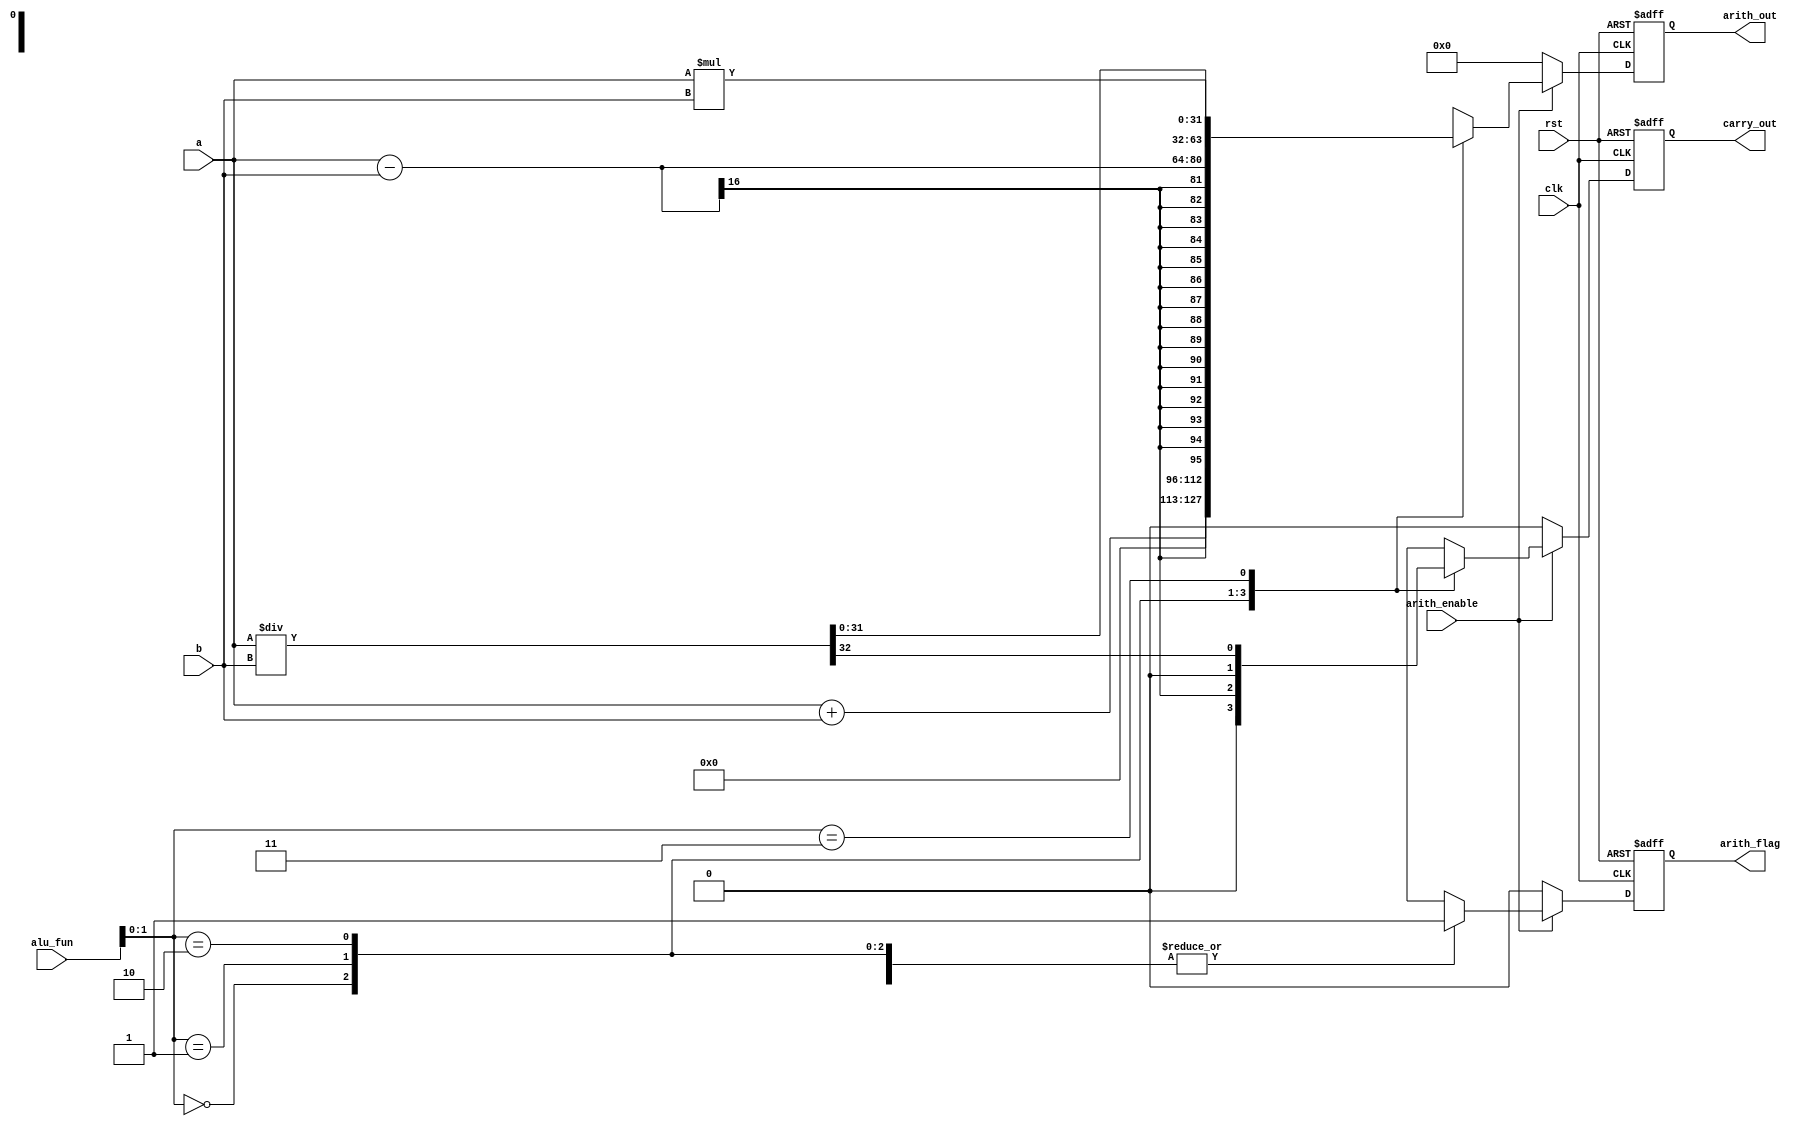
module ARITHMETIC_UNIT #(parameter width = 32)
  (
  input wire [width-17:0] a, b ,
  input wire [3:0] alu_fun ,
  input wire clk , arith_enable , rst ,
  output reg [width-1:0] arith_out ,
  output reg arith_flag , carry_out
  );
  always @ (posedge clk or negedge rst )
  if (!rst)
    begin
    arith_out <=1'b0;
    carry_out <= 1'b0;
    arith_flag <=1'b0;
    end
  else
    begin
      if (arith_enable)
        begin
        casex (alu_fun)
        4'bxx00 : 
        begin
        {carry_out , arith_out } <= a + b ;
        arith_flag <= 1'b1;
        end
        4'bxx01: 
        begin
        {carry_out , arith_out } <= a - b ;
        arith_flag <= 1'b1;
        end
        4'bxx10 : 
        begin
        {carry_out , arith_out } <= a * b ;
        arith_flag <= 1'b1;
        end
        4'bxx11 : 
        begin
        {carry_out , arith_out } <= a / b ;
        arith_flag <= 1'b1;
        end
        default :
        begin 
          arith_out <= 1'b0;
          arith_flag <= 1'b0;
          carry_out<= 1'b0;
        end
      endcase
    end
    else
      begin
      arith_flag <= 1'b0;
      arith_out <='b0;
      carry_out <= 1'b0;
    end
  end 
  endmodule